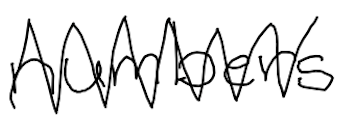
Text: numbers
Cross-out: zig-zag
Writing tool: digital_black